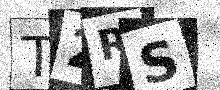
Text: T2RS